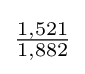
{\tfrac {1,521}{1,882}}